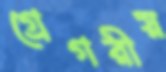
গ্রেগরীয়